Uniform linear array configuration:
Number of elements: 4
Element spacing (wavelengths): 1
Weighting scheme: hamming
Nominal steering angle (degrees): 15
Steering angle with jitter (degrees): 14.873
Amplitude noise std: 0.05
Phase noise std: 0.05

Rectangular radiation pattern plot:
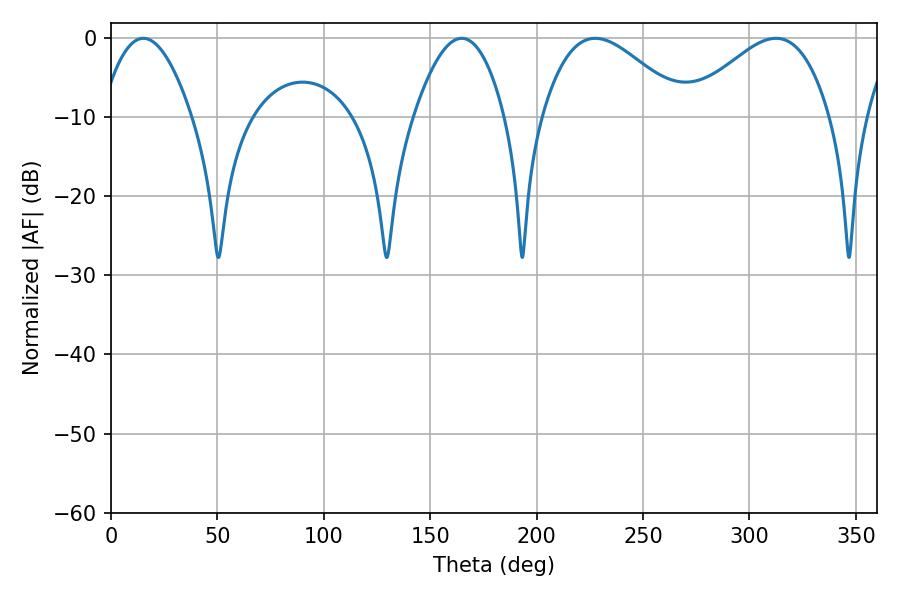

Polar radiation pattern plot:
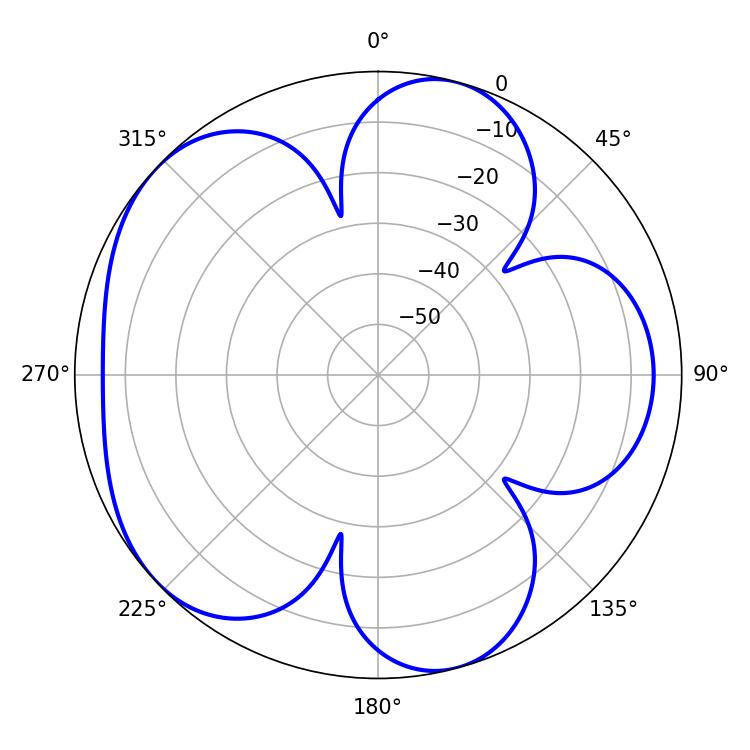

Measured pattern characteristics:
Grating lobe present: TRUE
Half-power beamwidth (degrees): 36
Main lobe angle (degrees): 227.52